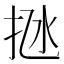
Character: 𢫁